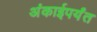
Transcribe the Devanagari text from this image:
अंकाईपर्यंत